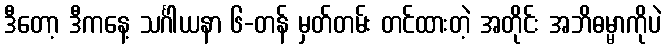
ဒီတော့ ဒီကနေ့ သင်္ဂါယနာ ၆-တန် မှတ်တမ်း တင်ထားတဲ့ အတိုင်း အဘိဓမ္မာကိုပဲ